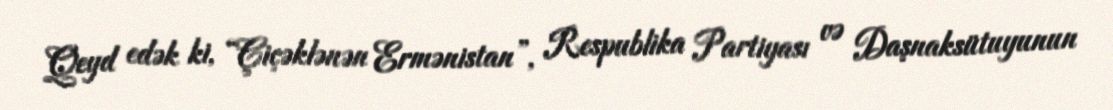
Qeyd edək ki, “Çiçəklənən Ermənistan”, Respublika Partiyası və Daşnaksütuyunun